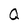
Character: Q